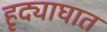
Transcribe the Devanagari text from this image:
हृद्याघात